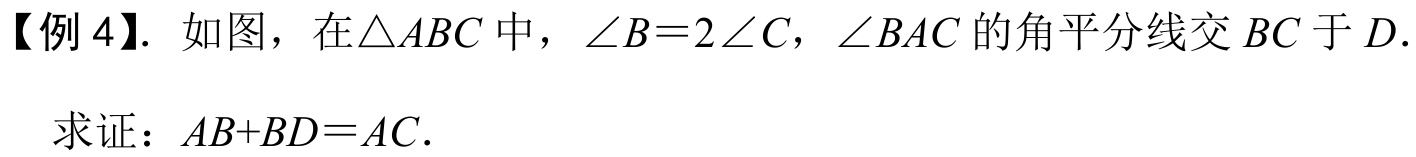
【例 4】. 如图，在\(\triangle ABC\)中，\(\angle B = 2\angle C\)，\(\angle BAC\)的角平分线交\(BC\)于\(D\).
求证：\(AB + BD = AC\).